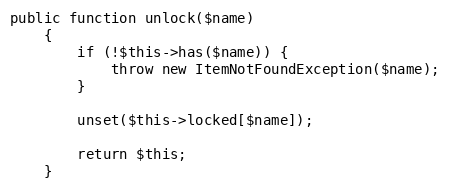
Language: PHP
public function unlock($name)
    {
        if (!$this->has($name)) {
            throw new ItemNotFoundException($name);
        }

        unset($this->locked[$name]);

        return $this;
    }